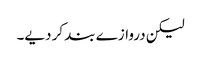
لیکن دروازے بند کر دیے۔